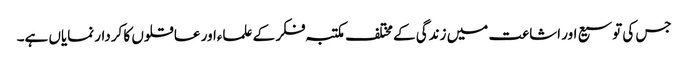
جس کی توسیع اور اشاعت میں زندگی کے مختلف مکتبہ فکر کے علماءاور عاقلوں کا کردار نمایاں ہے۔